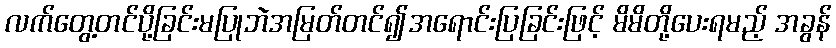
လက်တွေ့တင်ပို့ခြင်းမပြုဘဲအမြတ်တင်၍အရောင်းပြခြင်းဖြင့် မိမိတို့ပေးရမည့် အခွန်